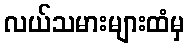
လယ်သမားများထံမှ